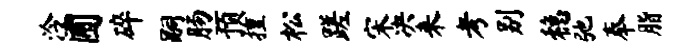
泠圃碎嗣肠预擅松蹉宋决来考别稳弛奉脂